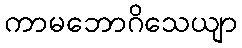
ကာမဘောဂိသေယျာ